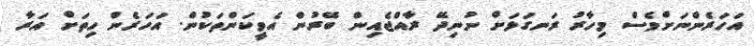
އަހަރެންނަށްވެސް މިހާރު ރަނގަޅަށް ނުނިދޭ ރާއްޖެއިން ބޭރުން އެވީކަންތަކުން. އަހަރެން ހިތަށް އަރާ